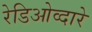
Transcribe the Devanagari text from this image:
रेडिओव्दारे